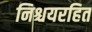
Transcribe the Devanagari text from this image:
निश्चयरहित